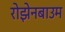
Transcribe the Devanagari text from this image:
रोझेनबाउम